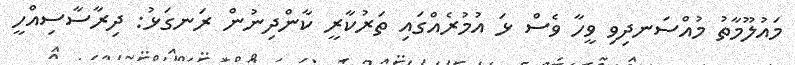
މައުލޫމާތު މުއްސަނދިވި ވީހާ ވެސް ޅަ އުމުރެއްގައި ތަރުކާރީ ކާންދިނުން ރަނގަޅު: ދިރާސާސިއްހީ